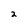
Character: 2